Lunatic asylums Punjab 1895-1910 - 1895-1910
Year: 1895
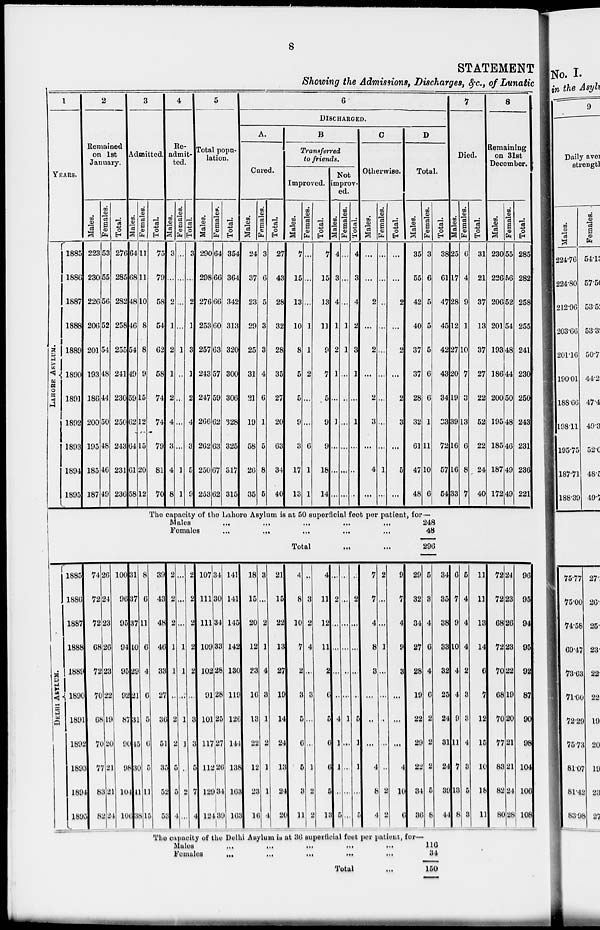
8
STATEMENT
Showing the Admissions, Discharges, &c., of Lunatic
1
YEARS.
LAHORE
ASYLUM.
1885
1886
1887
1888
1889
1890
1891
1892
1893
1894
1895
2
Remained
on 1st
January.
Males.
223
230
226
206
201
193
186
200
195
185
187
Females.
53
55
56
52
54
48
44
50
48
46
49
Total.
276
285
282
258
255
241
230
250
243
231
236
3
Admitted.
Males.
64
68
48
46
54
49
59
62
64
61
58
Females.
11
11
10
8
8
9
15
12
15
20
12
Total.
75
79
58
54
62
58
74
74
79
81
70
4
Re-
admit-
ted.
Males.
3
...
2
1
2
1
2
4
3
4
8
Females.
...
...
...
...
1
...
...
...
...
1
1
Total.
3
...
2
1
3
1
2
4
3
5
9
5
Total popu-
lation.
Males.
290
298
276
253
257
243
247
266
262
250
253
Females.
64
66
66
60
63
57
59
62
63
67
62
Total.
354
364
342
313
320
300
306
328
325
317
315
6
DlSCHARGED.
A.
Cured.
Males.
24
37
23
29
25
31
21
19
58
26
35
Females.
3
6
5
3
3
4
6
1
5
8
5
Total.
27
43
28
32
28
35
27
20
63
34
40
B
Transferred
to friends.
Improved.
Males.
7
15
13
10
8
5
5
9
3
17
13
Females.
...
...
...
1
1
2
...
...
6
1
1
Total.
7
15
13
11
9
7
5
9
9
18
14
Not
improv-
ed.
Males.
4
3
4
1
2
1
...
]
...
...
Females.
...
...
...
1
1
...
...
...
...
...
Total.
4
3
4
2
3
1
...
1
...
...
0
Otherwise.
Males.
...
...
2
...
2
...
2
3
...
4
...
Females.
...
...
...
...
...
...
...
...
...
1
...
Total.
...
...
2
...
2
...
2
3
...
5
...
D
Total.
Males.
35
55
42
40
37
37
28
32
61
47
48
Females.
3
6
5
5
5
6
6
1
11
10
6
Total.
38
61
47
45
42
43
34
23
72
57
54
7
Died.
Males.
25
17
28
12
27
20
19
39
16
16
33
Females.
6
4
9
1
10
7
3
13
6
8
7
Total.
31
21
37
13
37
27
22
52
22
24
40
8
Remaining
on 31st
December.
Males.
230
226
206
201
193
186
200
195
185
187
172
Females.
55
56
52
54
48
44
50
48
46
49
49
Total.
285
282
258
255
241
230
250
243
231
236
221
The capacity of the Lahore Asylum is at 50 superficial feet per patient, for—
Males
...
...
...
...
...
248
Females...
...
...
...
...
48
Total
...
...
296
DELHI
ASYLUM.
1885
1886
1887
1888
1889
1890
1891
1892
1893
1894
1895
74
72
72
68
72
70
68
70
77
83
82
26
24
23
26
23
22
19
20
21
21
24
100
96
95
94
95
92
87
90
98
104
106
31
37
37
40
29
21
31
15
30
41
38
8
6
11
6
4
6
5
9
5
11
15
39
43
48
46
33
27
36
51
35
52
53
2
2
2
1
1
...
2
2
5
5
4
...
...
...
1
1
...
1
1
...
5
...
2
2
2
2
2
...
3
3
5
7
4
107
111
111
109
102
91
101
117
112
129
124
34
30
34
33
28
28
25
27
26
34
39
141
141
145
142
130
119
126
144
138
163
163
18
15
20
12
23
16
13
22
12
23
16
3
...
2
1
4
3
1
2
1
1
4
21
15
22
13
27
19
14
24
13
24
20
4
8
10
7
2
3
5
6
5
3
11
...
3
2
4
...
3
...
...
1
2
2
4
11
12
11
2
6
5
6
6
5
13
...
2
...
...
...
...
4
1
1
...
5
...
...
...
...
...
...
1
...
...
...
...
...
2
...
...
...
...
5
1
1
...
5
7
7
4
8
3
...
...
...
4
8
4
2
...
...
1
...
...
...
...
...
2
2
9
7
4
9
3
...
...
...
4
10
6
29
32
34
27
28
19
22
29
22
34
36
5
3
4
6
4
6
2
2
2
5
8
34
35
38
33
32
25
24
31
24
39
44
6
7
9
10
4
4
9
11
7
13
8
5
4
4
4
2
8
3
4
8
5
3
11
11
13
14
6
7
12
15
10
18
11
72
72
68
72
70
68
70
77
83
82
80
24
23
26
23
22
19
20
21
21
24
28
96
95
94
95
92
87
90
98
104
106
108
The capacity of the Delhi Asylum is at 36 superficial feet per patient, for—
Males
...
...
... ...
Females...
...
...
...
Total ...
116
34
150